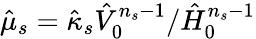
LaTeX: \hat{\mu}_{s}=\hat{\kappa}_{s}\hat{V}_{0}^{n_{s}-1}/\hat{H}_{0}^{n_{s}-1}